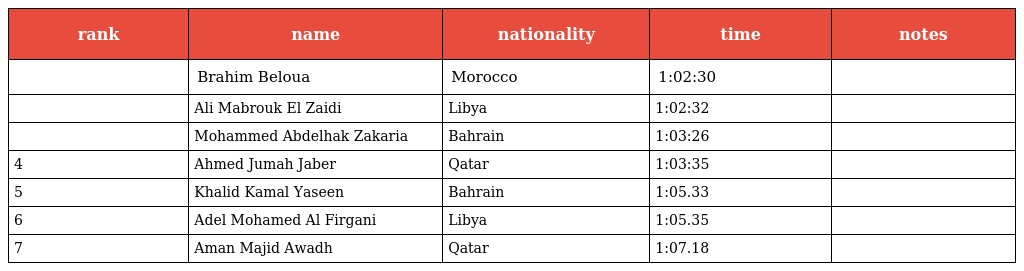
| rank | name | nationality | time | notes |
 | --- | --- | --- | --- | --- |
 |  | Brahim Beloua | Morocco | 1:02:30 |  |
 |  | Ali Mabrouk El Zaidi | Libya | 1:02:32 |  |
 |  | Mohammed Abdelhak Zakaria | Bahrain | 1:03:26 |  |
 | 4 | Ahmed Jumah Jaber | Qatar | 1:03:35 |  |
 | 5 | Khalid Kamal Yaseen | Bahrain | 1:05.33 |  |
 | 6 | Adel Mohamed Al Firgani | Libya | 1:05.35 |  |
 | 7 | Aman Majid Awadh | Qatar | 1:07.18 |  |